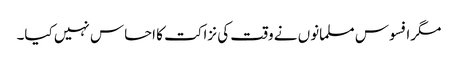
مگرافسوس مسلمانوں نے وقت کی نزاکت کا احساس نہیں کیا۔